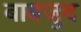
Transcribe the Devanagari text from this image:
बाबजुद